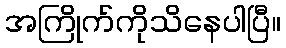
အကြိုက်ကိုသိနေပါပြီ။